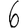
Digit: 6